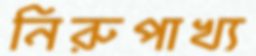
নিরুপাখ্য